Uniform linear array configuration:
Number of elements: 64
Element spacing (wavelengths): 1
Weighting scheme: blackman
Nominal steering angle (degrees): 15
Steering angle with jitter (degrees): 15.254
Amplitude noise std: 0.05
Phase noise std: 0.05

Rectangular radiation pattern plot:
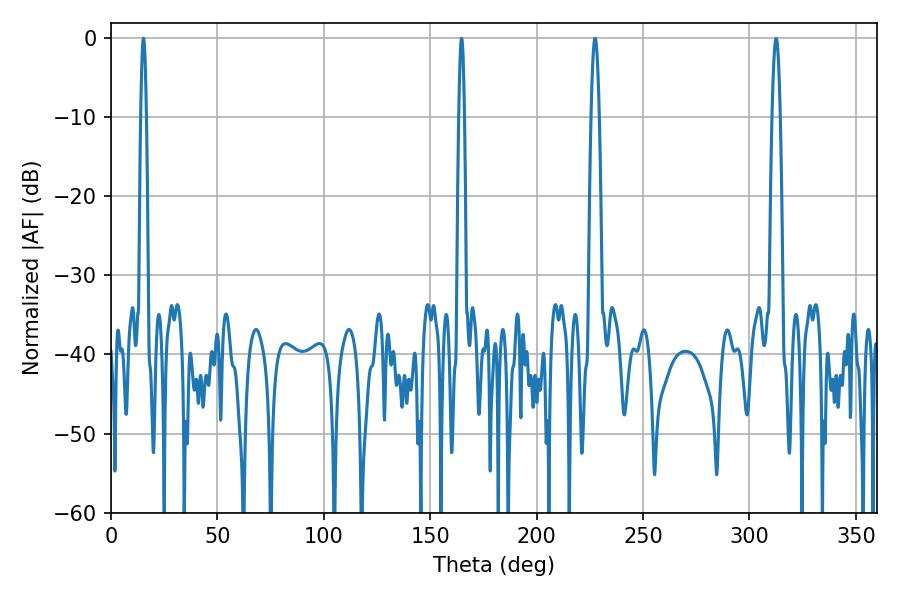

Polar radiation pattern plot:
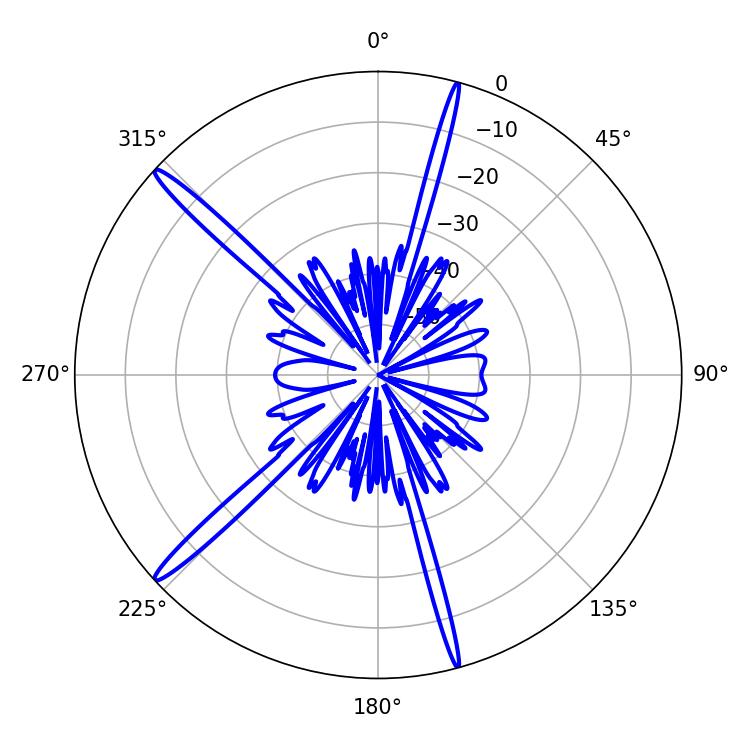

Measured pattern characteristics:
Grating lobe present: TRUE
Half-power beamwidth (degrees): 1.44
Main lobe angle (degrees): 15.3